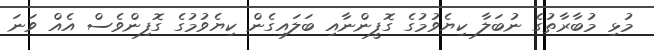
މުޅި މުބާރާތުގެ ނުބަލާ ކިޔެވުމުގެ ގޮފީންނާއި ބަލައިގެން ކިޔެވުމުގެ ގޮފިންވެސް އެއް ވަނަ